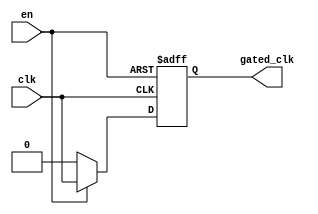
module ClockGatingBuffer (
    input wire clk,         // Input clock signal
    input wire en,          // Enable signal
    output reg gated_clk    // Gated clock output
);

    // Internal signal to hold the gated clock state
    reg gated_clk_int;

    always @(*) begin
        // Generate the gated clock output based on enable signal
        if (en) begin
            gated_clk_int = clk;  // Pass through the clock when enabled
        end else begin
            gated_clk_int = 1'b0; // Hold low when disabled
        end
    end

    // Register the gated clock output
    always @(posedge clk or negedge en) begin
        if (!en) begin
            gated_clk <= 1'b0;   // Ensure gated clock is low when disabled
        end else begin
            gated_clk <= gated_clk_int; // Update gated clock with internal signal
        end
    end

endmodule